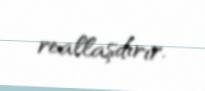
reallaşdırır.